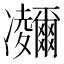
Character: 鿛